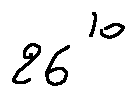
2 6 ^ { 1 0 }